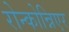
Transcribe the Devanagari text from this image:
रोन्कोन्निएर